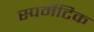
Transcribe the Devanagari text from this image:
स्पर्मेटिक